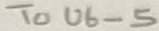
Text: To U6-5